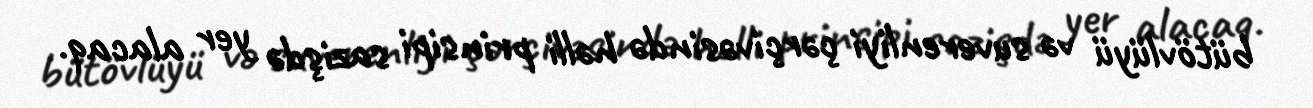
bütövlüyü və suverenliyi çərçivəsində həlli prinsipi sazişdə yer alacaq.